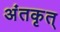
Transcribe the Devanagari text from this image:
अंतकृत्